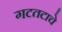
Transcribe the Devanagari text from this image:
गटतटाचे